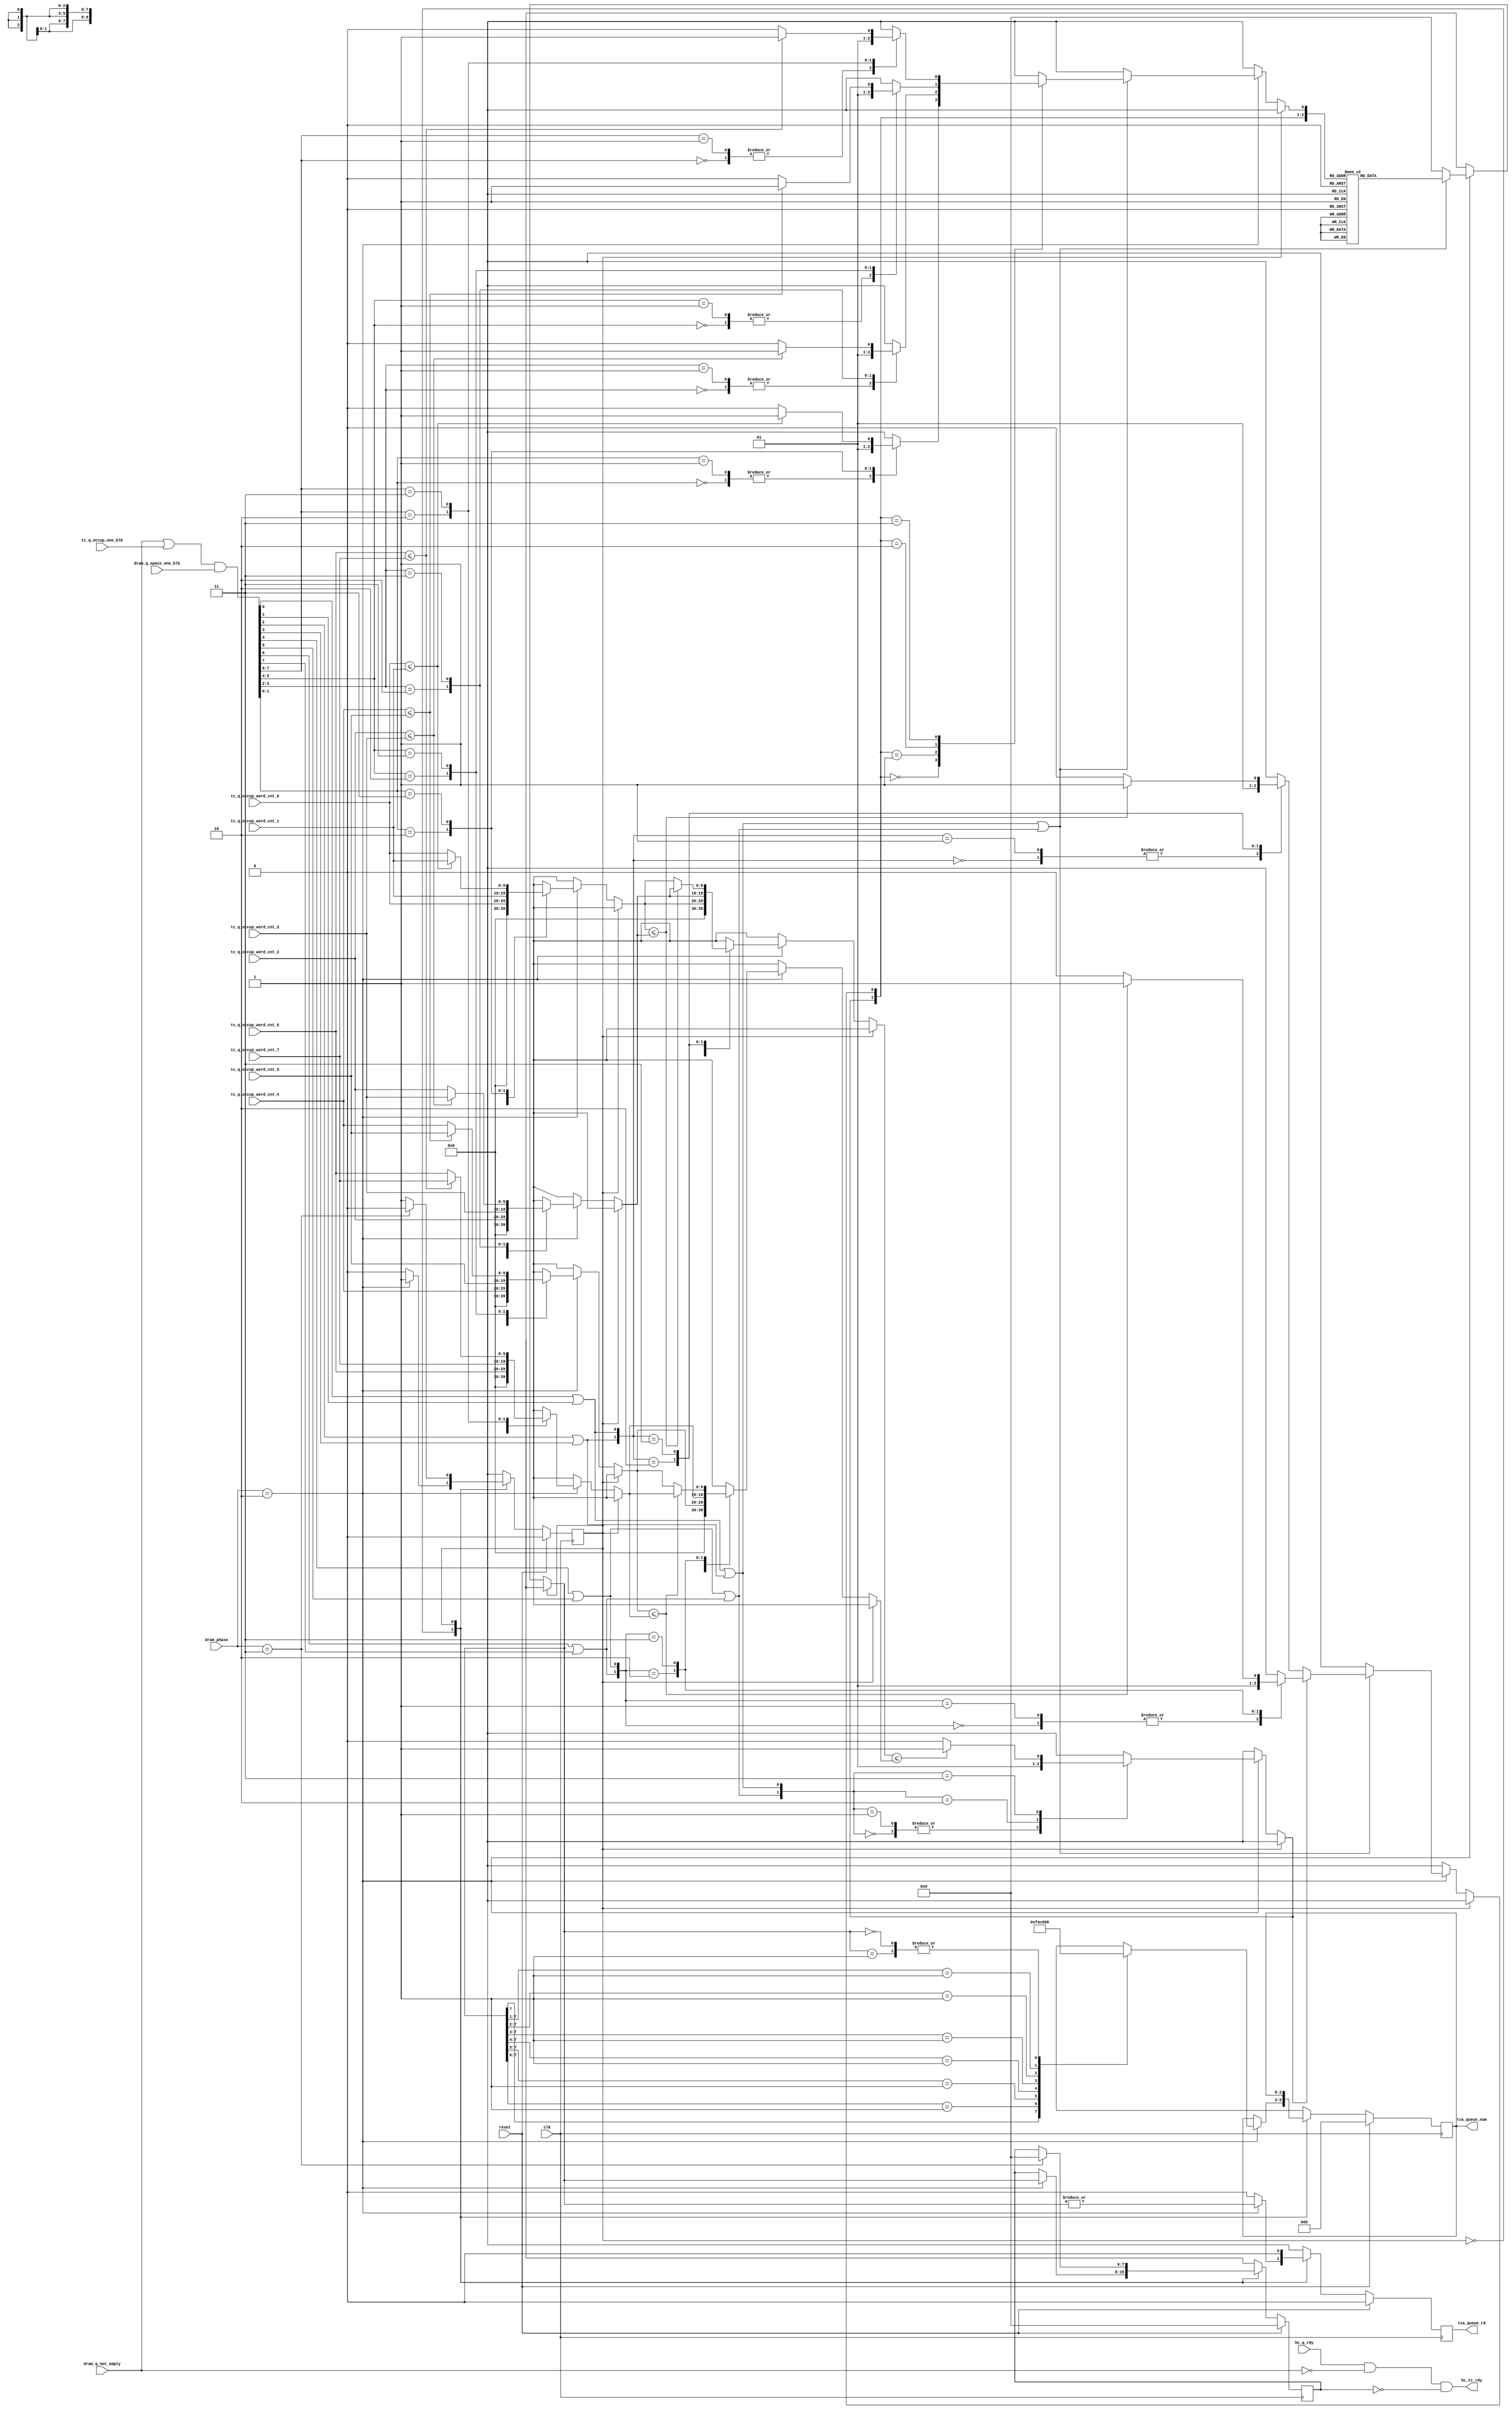

module tail_cache_arb
  #(parameter DATA_WIDTH = 64,
    parameter CTRL_WIDTH=DATA_WIDTH/8,
    parameter NUM_OUTPUT_QUEUES = 8,
    parameter TC_Q_WORD_CNT_WIDTH = 10
    )
  (
   // --- intfc to tail cache
   input [TC_Q_WORD_CNT_WIDTH-1:0] tc_q_occup_word_cnt_0, //unit is 18-byte. count up to 1024.
   input [TC_Q_WORD_CNT_WIDTH-1:0] tc_q_occup_word_cnt_1,
   input [TC_Q_WORD_CNT_WIDTH-1:0] tc_q_occup_word_cnt_2,
   input [TC_Q_WORD_CNT_WIDTH-1:0] tc_q_occup_word_cnt_3,
   input [TC_Q_WORD_CNT_WIDTH-1:0] tc_q_occup_word_cnt_4,
   input [TC_Q_WORD_CNT_WIDTH-1:0] tc_q_occup_word_cnt_5,
   input [TC_Q_WORD_CNT_WIDTH-1:0] tc_q_occup_word_cnt_6,
   input [TC_Q_WORD_CNT_WIDTH-1:0] tc_q_occup_word_cnt_7,
   input [NUM_OUTPUT_QUEUES-1:0] tc_q_occup_one_blk,

   output reg [2:0] tca_queue_num,
   output reg tca_queue_rd,

   output [NUM_OUTPUT_QUEUES-1:0] hc_tc_rdy,

   // -- intfc to dram
   input [NUM_OUTPUT_QUEUES-1:0] dram_q_not_empty,
   input [NUM_OUTPUT_QUEUES-1:0] dram_q_space_one_blk,

   // -- intfc to head cache
   input [NUM_OUTPUT_QUEUES-1:0] hc_q_rdy,


   // -- phase info
   input [1:0] dram_phase,

   // --- misc
   input clk,
   input reset

   );

   localparam IDLE_STATE = 0,
	      DRAM_WR_STATE = 1;

   reg state, state_nxt;
   reg [NUM_OUTPUT_QUEUES-1:0] tca_que_one_hot, tca_que_one_hot_nxt;
   reg [NUM_OUTPUT_QUEUES-1:0] elig_vec;
   reg 			       tca_queue_rd_nxt;
   reg [2:0] 		       tca_queue_num_nxt;


   //--------------------------------------------------
   //dram_phase      Meaning
   //    2'b 00       time slot for DRAM initialization
   //    2'b 01       time slot for DRAM refresh
   //    2'b 10       time slot for DRAM write. Time for data transfer from BRAM to DRAM
   //    2'b 11       time slot for DRAM read.  Time for data transfer from DRAM to BRAM
   //
   // dram time slot will cycle through 3 phases: DRAM refresh, DRAM write, DRAM read,
   // and repeat that sequence.

   assign hc_tc_rdy = hc_q_rdy & (~ dram_q_not_empty) & (~ tca_que_one_hot);


   always @(*) begin

      state_nxt = state;
      tca_que_one_hot_nxt = tca_que_one_hot;
      tca_queue_rd_nxt = 1'b 0;
      tca_queue_num_nxt = tca_queue_num;

      elig_vec = 'h 0;

      case (state)
	IDLE_STATE:
	  if (dram_phase == 2'b 10) begin
	     //DRAM write phase
	     elig_vec = (dram_q_not_empty | tc_q_occup_one_blk ) & dram_q_space_one_blk;

	     tca_que_one_hot_nxt = func_sel_biggest(elig_vec,
						    tc_q_occup_word_cnt_0,
						    tc_q_occup_word_cnt_1,
						    tc_q_occup_word_cnt_2,
						    tc_q_occup_word_cnt_3,
						    tc_q_occup_word_cnt_4,
						    tc_q_occup_word_cnt_5,
						    tc_q_occup_word_cnt_6,
						    tc_q_occup_word_cnt_7
						    );

	     tca_queue_rd_nxt = | tca_que_one_hot_nxt;
	     tca_queue_num_nxt = func_encode(tca_que_one_hot_nxt);

	     state_nxt = DRAM_WR_STATE;
	  end // if (dram_phase == 2'b 10)

	DRAM_WR_STATE:
	   if (dram_phase == 2'b 11) begin
	      tca_que_one_hot_nxt = 'h 0;
	      state_nxt = IDLE_STATE;
	   end

      endcase // case(state)

   end // always @ (*)

   always @(posedge clk) begin
      if (reset) begin
	 state           <= IDLE_STATE;
	 tca_que_one_hot <= 'h 0;
	 tca_queue_rd    <= 'h 0;
	 tca_queue_num   <= 'h 0;

      end
      else begin
	 state           <= state_nxt;
	 tca_que_one_hot <= tca_que_one_hot_nxt;
	 tca_queue_rd    <= tca_queue_rd_nxt;
	 tca_queue_num   <= tca_queue_num_nxt;

      end
   end


   // select the bigger from two numbers
   function [TC_Q_WORD_CNT_WIDTH+1:0] func_sel_bigger;
      input [1:0] elig_pair;
      input [TC_Q_WORD_CNT_WIDTH-1:0] cnt1, cnt0;

      reg vld, winner;
      reg [TC_Q_WORD_CNT_WIDTH-1:0] cnt;

      begin
      	 vld = elig_pair[0] | elig_pair[1];

	 case (elig_pair[1:0])
	   2'b 00: begin
	      winner = 0;
	      cnt = 11'h 0;
	   end

	   2'b 01: begin
	      winner = 0;
	      cnt = cnt0;
	   end

	   2'b 10: begin
	      winner = 1;
	      cnt = cnt1;
	   end

	   2'b 11: begin
	      if (cnt0 <= cnt1) begin
		 winner = 1;
		 cnt = cnt1;

	      end
	      else begin
		 winner = 0;
		 cnt = cnt0;

	      end

	   end // case: 2'b 11

	 endcase // case(elig_pair[1:0])

	 func_sel_bigger = {vld, winner, cnt};

      end

   endfunction // func_sel_bigger



   // select the biggest from all queue counts
   function [NUM_OUTPUT_QUEUES-1:0] func_sel_biggest;
      input [NUM_OUTPUT_QUEUES-1:0] elig_vec;
      input [TC_Q_WORD_CNT_WIDTH-1:0] tc_q_occup_word_cnt_0; //unit is 18-byte. count up to 1024.
      input [TC_Q_WORD_CNT_WIDTH-1:0] tc_q_occup_word_cnt_1;
      input [TC_Q_WORD_CNT_WIDTH-1:0] tc_q_occup_word_cnt_2;
      input [TC_Q_WORD_CNT_WIDTH-1:0] tc_q_occup_word_cnt_3;
      input [TC_Q_WORD_CNT_WIDTH-1:0] tc_q_occup_word_cnt_4;
      input [TC_Q_WORD_CNT_WIDTH-1:0] tc_q_occup_word_cnt_5;
      input [TC_Q_WORD_CNT_WIDTH-1:0] tc_q_occup_word_cnt_6;
      input [TC_Q_WORD_CNT_WIDTH-1:0] tc_q_occup_word_cnt_7;

      reg [TC_Q_WORD_CNT_WIDTH+1:0] res00, res01, res02, res03;
      reg vld00, vld01, vld02, vld03;
      reg winner00, winner01, winner02, winner03;
      reg [TC_Q_WORD_CNT_WIDTH-1:0] cnt00, cnt01, cnt02, cnt03;

      reg [TC_Q_WORD_CNT_WIDTH+1:0] res10, res11;
      reg vld10, vld11;
      reg winner10, winner11;
      reg [TC_Q_WORD_CNT_WIDTH-1:0] cnt10, cnt11;

      reg [TC_Q_WORD_CNT_WIDTH+1:0] res20;
      reg vld20, winner20;

      reg [2:0] winner;

      begin

	 // ---- layer 0
	 res00 = func_sel_bigger(elig_vec[1:0],
				 tc_q_occup_word_cnt_1,
				 tc_q_occup_word_cnt_0
				 );
	 vld00    = res00[TC_Q_WORD_CNT_WIDTH+1];
	 winner00 = res00[TC_Q_WORD_CNT_WIDTH];
	 cnt00    = res00[TC_Q_WORD_CNT_WIDTH-1:0];


	 res01 = func_sel_bigger(elig_vec[3:2],
				 tc_q_occup_word_cnt_3,
				 tc_q_occup_word_cnt_2
				 );
	 vld01    = res01[TC_Q_WORD_CNT_WIDTH+1];
	 winner01 = res01[TC_Q_WORD_CNT_WIDTH];
	 cnt01    = res01[TC_Q_WORD_CNT_WIDTH-1:0];


	 res02 = func_sel_bigger(elig_vec[5:4],
				 tc_q_occup_word_cnt_5,
				 tc_q_occup_word_cnt_4
				 );
	 vld02    = res02[TC_Q_WORD_CNT_WIDTH+1];
	 winner02 = res02[TC_Q_WORD_CNT_WIDTH];
	 cnt02    = res02[TC_Q_WORD_CNT_WIDTH-1:0];


	 res03 = func_sel_bigger(elig_vec[7:6],
				 tc_q_occup_word_cnt_7,
				 tc_q_occup_word_cnt_6
				 );
	 vld03    = res03[TC_Q_WORD_CNT_WIDTH+1];
	 winner03 = res03[TC_Q_WORD_CNT_WIDTH];
	 cnt03    = res03[TC_Q_WORD_CNT_WIDTH-1:0];


	 // ---- layer 1
	 res10 = func_sel_bigger({vld01, vld00},
				 cnt01,
				 cnt00
				 );
	 vld10    = res10[TC_Q_WORD_CNT_WIDTH+1];
	 winner10 = res10[TC_Q_WORD_CNT_WIDTH];
	 cnt10    = res10[TC_Q_WORD_CNT_WIDTH-1:0];

	 res11 = func_sel_bigger({vld03, vld02},
				 cnt03,
				 cnt02
				 );
	 vld11    = res11[TC_Q_WORD_CNT_WIDTH+1];
	 winner11 = res11[TC_Q_WORD_CNT_WIDTH];
	 cnt11    = res11[TC_Q_WORD_CNT_WIDTH-1:0];

	 // ---- layer 2
	 res20 = func_sel_bigger({vld11, vld10},
				 cnt11,
				 cnt10
				 );
	 vld20    = res20[TC_Q_WORD_CNT_WIDTH+1];
	 winner20 = res20[TC_Q_WORD_CNT_WIDTH];

	 // --- gen func return value
	 if (~ vld20)
	   func_sel_biggest = 'h 0;

	 else begin
	    winner[2] = winner20;

	    if (~ winner[2])
	      winner[1] = winner10;
	    else
	      winner[1] = winner11;

	    case (winner[2:1])
	      2'b 00: winner[0] = winner00;
	      2'b 01: winner[0] = winner01;
	      2'b 10: winner[0] = winner02;
	      2'b 11: winner[0] = winner03;
	    endcase // case(winner[2:1])

	    case (winner[2:0])
	      3'h 7: func_sel_biggest = 8'h 80;
	      3'h 6: func_sel_biggest = 8'h 40;
	      3'h 5: func_sel_biggest = 8'h 20;
	      3'h 4: func_sel_biggest = 8'h 10;
	      3'h 3: func_sel_biggest = 8'h 08;
	      3'h 2: func_sel_biggest = 8'h 04;
	      3'h 1: func_sel_biggest = 8'h 02;
	      3'h 0: func_sel_biggest = 8'h 01;
	    endcase // case(winner[2:0])

	 end // else: !if(~ vld20)

      end

   endfunction // func_sel_biggest


   function [2:0] func_encode;
      input [NUM_OUTPUT_QUEUES-1:0] one_hot;

      begin
	 casez (one_hot)
	   8'b 1???_????: func_encode = 3'h 7;
	   8'b 01??_????: func_encode = 3'h 6;
	   8'b 001?_????: func_encode = 3'h 5;
	   8'b 0001_????: func_encode = 3'h 4;
	   8'b 0000_1???: func_encode = 3'h 3;
	   8'b 0000_01??: func_encode = 3'h 2;
	   8'b 0000_001?: func_encode = 3'h 1;
	   8'b 0000_0001: func_encode = 3'h 0;
	   8'b 0000_0000: func_encode = 3'h 0;
	 endcase // casez(one_hot)

      end
   endfunction // func_encode

endmodule // tail_cache_arb